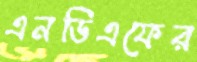
এনডিএফের